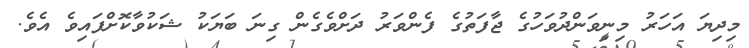
މިދިޔަ އަހަރު މިނިވަންދުވަހުގެ ޖާފަތުގެ ފެންވަރު ދަށްވެގެން ގިނަ ބަޔަކު ޝަކުވާކޮށްފައިވެ އެވެ.